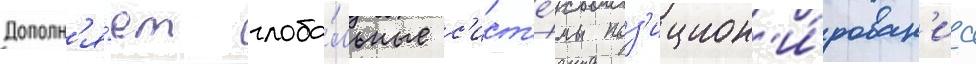
Дополн'я́ет глоба́льные с'ист'е́мы поз'ицион'и́рован'иа